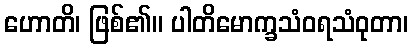
ဟောတိ၊ ဖြစ်၏။ ပါတိမောက္ခသံဝရသံဝုတာ၊